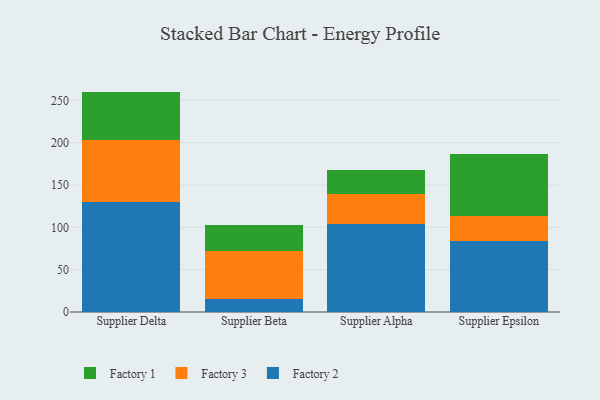
{"axis": {"x": "Supplier", "y": "Churn Rate (%)"}, "legend": ["Factory 1", "Factory 2", "Factory 3"], "data": [{"x": "Supplier Delta", "y": 129.5, "type": "Factory 2"}, {"x": "Supplier Delta", "y": 74.0, "type": "Factory 3"}, {"x": "Supplier Delta", "y": 56.8, "type": "Factory 1"}, {"x": "Supplier Beta", "y": 15.7, "type": "Factory 2"}, {"x": "Supplier Beta", "y": 56.5, "type": "Factory 3"}, {"x": "Supplier Beta", "y": 31.0, "type": "Factory 1"}, {"x": "Supplier Alpha", "y": 104.3, "type": "Factory 2"}, {"x": "Supplier Alpha", "y": 35.5, "type": "Factory 3"}, {"x": "Supplier Alpha", "y": 28.0, "type": "Factory 1"}, {"x": "Supplier Epsilon", "y": 84.4, "type": "Factory 2"}, {"x": "Supplier Epsilon", "y": 29.0, "type": "Factory 3"}, {"x": "Supplier Epsilon", "y": 72.9, "type": "Factory 1"}]}